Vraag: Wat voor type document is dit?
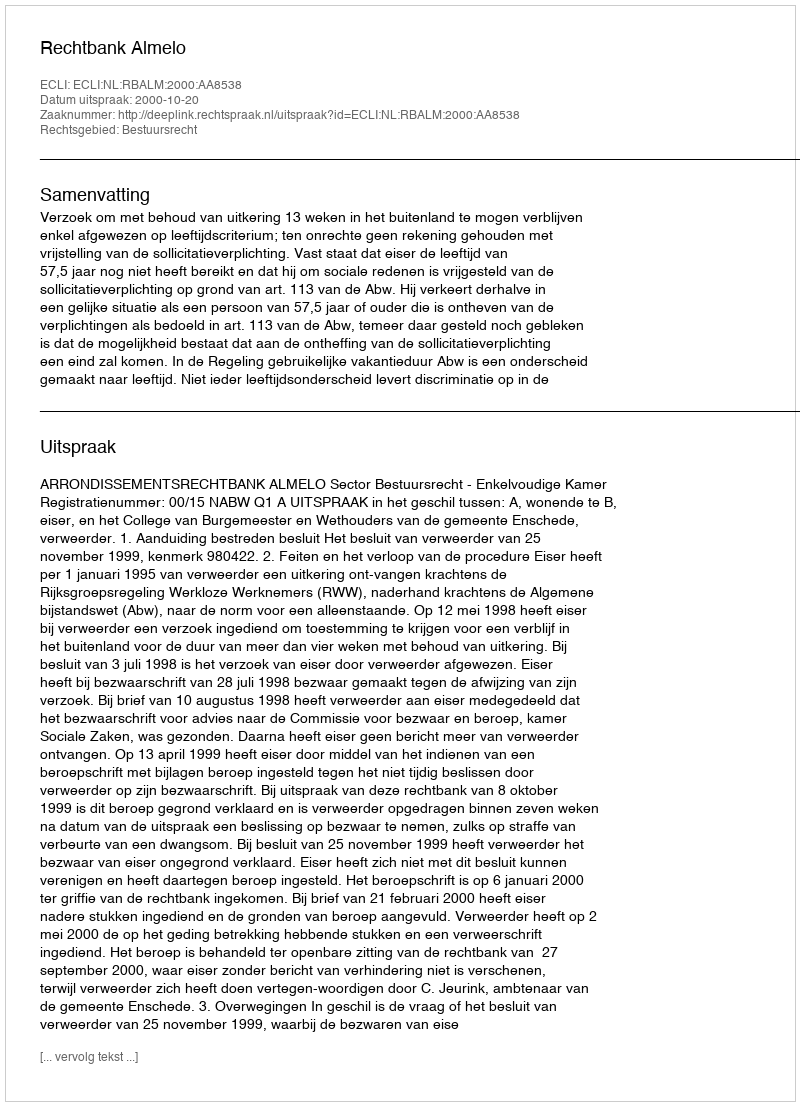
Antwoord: Uitspraak